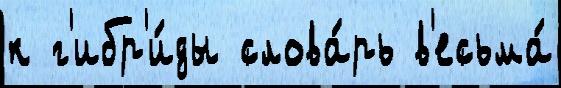
к г'ибр'и́ды слова́рь в'есьма́